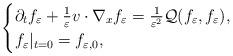
LaTeX: \begin{align*}\begin{cases}\partial_tf_\varepsilon+\frac{1}{\varepsilon} v\cdot\nabla_{x}f_\varepsilon=\frac{1}{\varepsilon^2}\mathcal{Q}(f_\varepsilon, f_\varepsilon),\\f_\varepsilon|_{t=0}=f_{\varepsilon, 0},\end{cases}\end{align*}